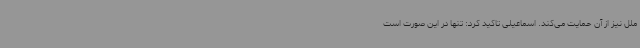
ملل نیز از آن حمایت می‌کند. اسماعیلی تاکید کرد: تنها در این صورت است